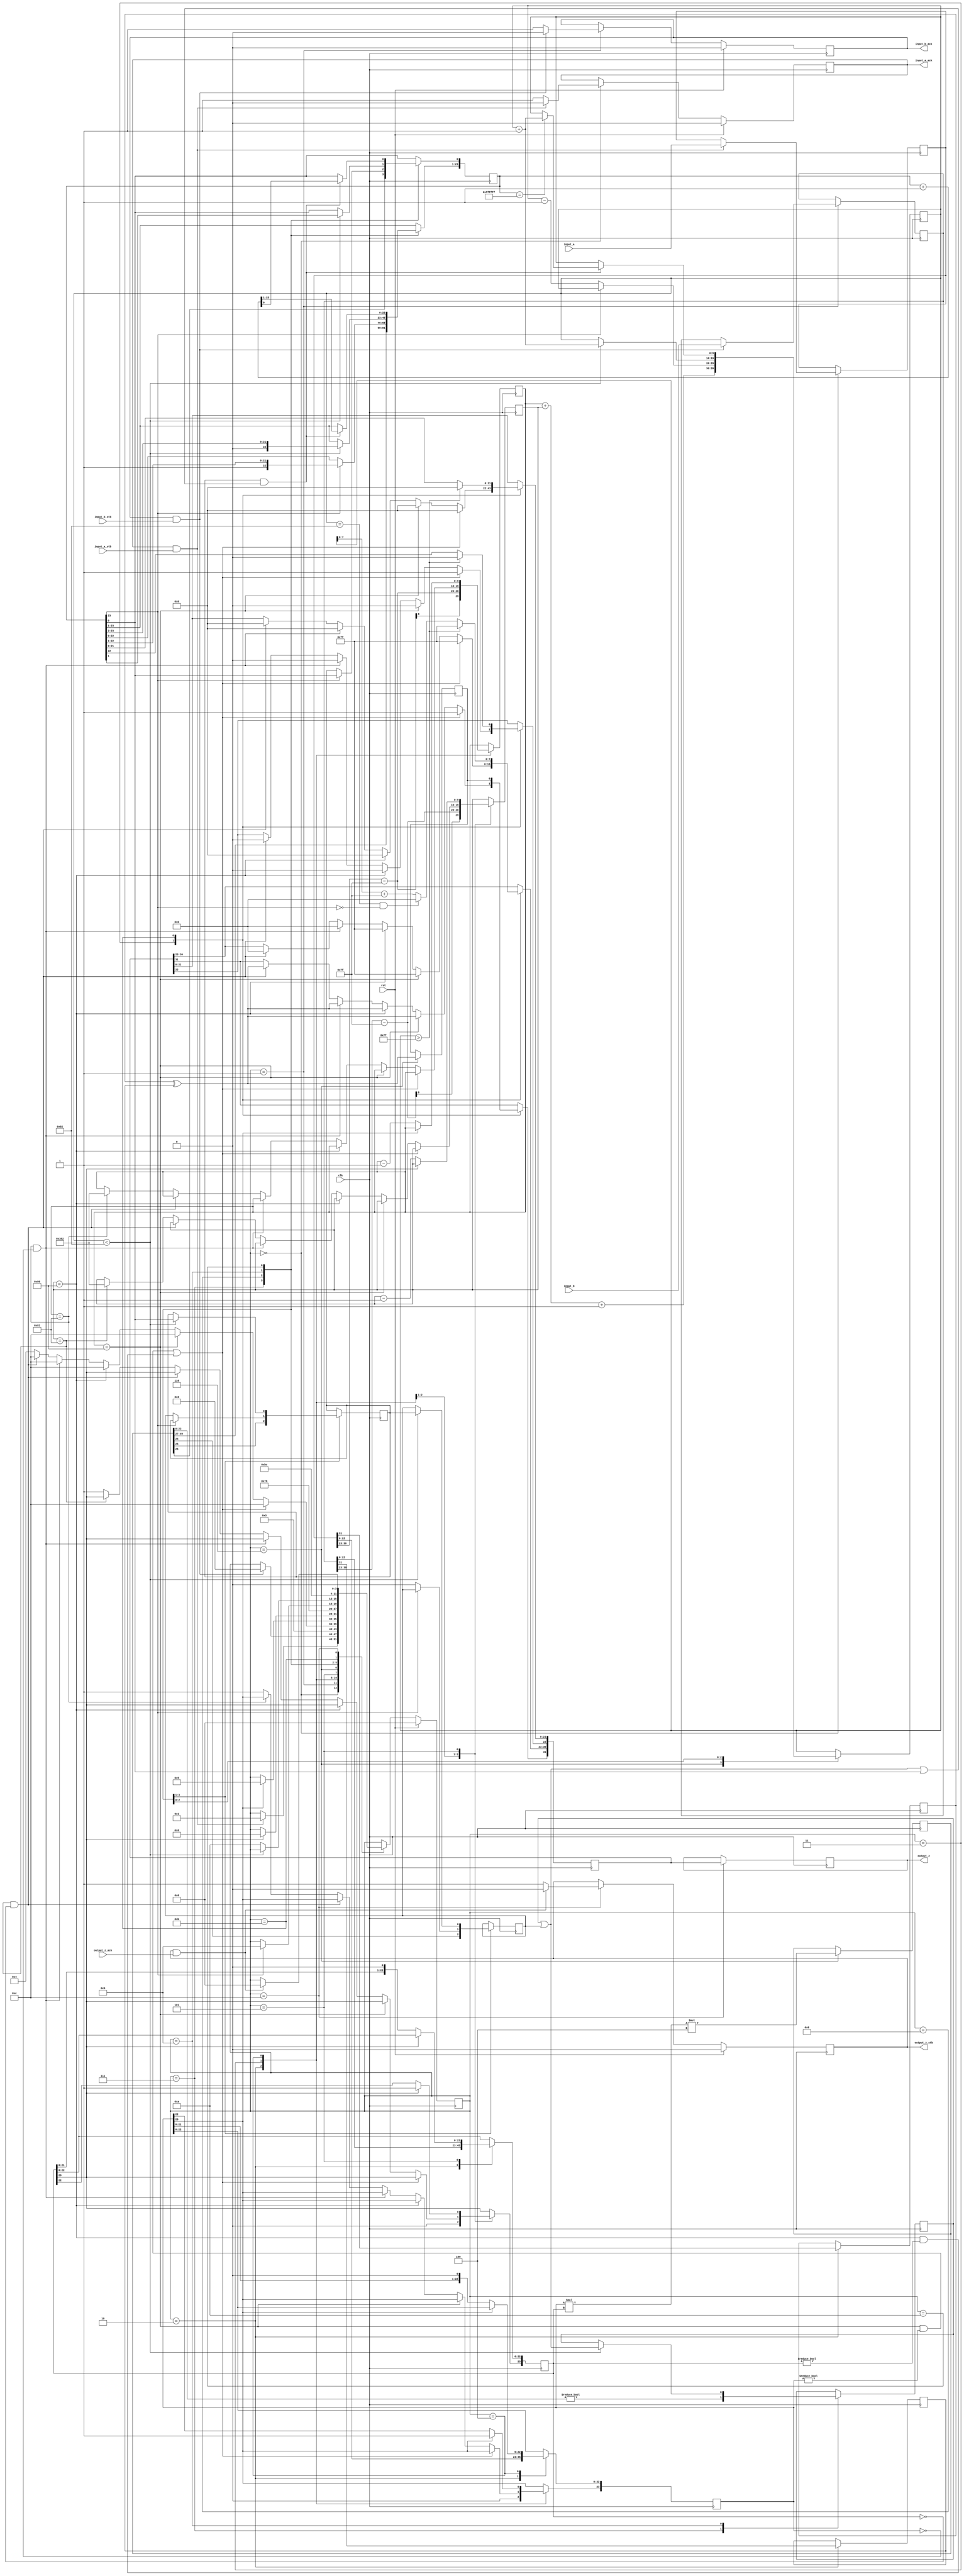
//IEEE Floating Point Multiplier (Single Precision)
//Copyright (C) Jonathan P Dawson 2013
//2013-12-12

// Copyright (c) 2012 Jonathan P Dawson
// Permission is hereby granted, free of charge, to any person obtaining a copy
// of this software and associated documentation files (the "Software"), to deal
// in the Software without restriction, including without limitation the rights
// to use, copy, modify, merge, publish, distribute, sublicense, and/or sell
// copies of the Software, and to permit persons to whom the Software is
// furnished to do so, subject to the following conditions:
// The above copyright notice and this permission notice shall be included in
// all copies or substantial portions of the Software.
// THE SOFTWARE IS PROVIDED "AS IS", WITHOUT WARRANTY OF ANY KIND, EXPRESS OR
// IMPLIED, INCLUDING BUT NOT LIMITED TO THE WARRANTIES OF MERCHANTABILITY,
// FITNESS FOR A PARTICULAR PURPOSE AND NONINFRINGEMENT. IN NO EVENT SHALL THE
// AUTHORS OR COPYRIGHT HOLDERS BE LIABLE FOR ANY CLAIM, DAMAGES OR OTHER
// LIABILITY, WHETHER IN AN ACTION OF CONTRACT, TORT OR OTHERWISE, ARISING FROM,
// OUT OF OR IN CONNECTION WITH THE SOFTWARE OR THE USE OR OTHER DEALINGS IN
// THE SOFTWARE.

module multiplier(
        input_a,
        input_b,
        input_a_stb,
        input_b_stb,
        output_z_ack,
        clk,
        rst,
        output_z,
        output_z_stb,
        input_a_ack,
        input_b_ack);

  input     clk;
  input     rst;

  input     [31:0] input_a;
  input     input_a_stb;
  output    input_a_ack;

  input     [31:0] input_b;
  input     input_b_stb;
  output    input_b_ack;

  output    [31:0] output_z;
  output    output_z_stb;
  input     output_z_ack;

  reg       s_output_z_stb;
  reg       [31:0] s_output_z;
  reg       s_input_a_ack;
  reg       s_input_b_ack;

  reg       [3:0] state;
  parameter get_a         = 4'd0,
            get_b         = 4'd1,
            unpack        = 4'd2,
            special_cases = 4'd3,
            normalise_a   = 4'd4,
            normalise_b   = 4'd5,
            multiply_0    = 4'd6,
            multiply_1    = 4'd7,
            normalise_1   = 4'd8,
            normalise_2   = 4'd9,
            round         = 4'd10,
            pack          = 4'd11,
            put_z         = 4'd12;

  reg       [31:0] a, b, z;
  reg       [23:0] a_m, b_m, z_m;
  reg       [9:0] a_e, b_e, z_e;
  reg       a_s, b_s, z_s;
  reg       guard, round_bit, sticky;
  reg       [49:0] product;

  always @(posedge clk)
  begin

    case(state)

      get_a:
      begin
        s_input_a_ack <= 1;
        if (s_input_a_ack && input_a_stb) begin
          a <= input_a;
          s_input_a_ack <= 0;
          state <= get_b;
        end
      end

      get_b:
      begin
        s_input_b_ack <= 1;
        if (s_input_b_ack && input_b_stb) begin
          b <= input_b;
          s_input_b_ack <= 0;
          state <= unpack;
        end
      end

      unpack:
      begin
        a_m <= a[22 : 0];
        b_m <= b[22 : 0];
        a_e <= a[30 : 23] - 127;
        b_e <= b[30 : 23] - 127;
        a_s <= a[31];
        b_s <= b[31];
        state <= special_cases;
      end

      special_cases:
      begin
        //if a is NaN or b is NaN return NaN 
        if ((a_e == 128 && a_m != 0) || (b_e == 128 && b_m != 0)) begin
          z[31] <= 1;
          z[30:23] <= 255;
          z[22] <= 1;
          z[21:0] <= 0;
          state <= put_z;
        //if a is inf return inf
        end else if (a_e == 128) begin
          z[31] <= a_s ^ b_s;
          z[30:23] <= 255;
          z[22:0] <= 0;
          state <= put_z;
           //if b is zero return NaN
          if ($signed(b_e == -127) && (b_m == 0)) begin
            z[31] <= 1;
            z[30:23] <= 255;
            z[22] <= 1;
            z[21:0] <= 0;
            state <= put_z;
          end
        //if b is inf return inf
        end else if (b_e == 128) begin
          z[31] <= a_s ^ b_s;
          z[30:23] <= 255;
          z[22:0] <= 0;
          state <= put_z;
        //if a is zero return zero
        end else if (($signed(a_e) == -127) && (a_m == 0)) begin
          z[31] <= a_s ^ b_s;
          z[30:23] <= 0;
          z[22:0] <= 0;
          state <= put_z;
        //if b is zero return zero
        end else if (($signed(b_e) == -127) && (b_m == 0)) begin
          z[31] <= a_s ^ b_s;
          z[30:23] <= 0;
          z[22:0] <= 0;
          state <= put_z;
        end else begin
          //Denormalised Number
          if ($signed(a_e) == -127) begin
            a_e <= -126;
          end else begin
            a_m[23] <= 1;
          end
          //Denormalised Number
          if ($signed(b_e) == -127) begin
            b_e <= -126;
          end else begin
            b_m[23] <= 1;
          end
          state <= normalise_a;
        end
      end

      normalise_a:
      begin
        if (a_m[23]) begin
          state <= normalise_b;
        end else begin
          a_m <= a_m << 1;
          a_e <= a_e - 1;
        end
      end

      normalise_b:
      begin
        if (b_m[23]) begin
          state <= multiply_0;
        end else begin
          b_m <= b_m << 1;
          b_e <= b_e - 1;
        end
      end

      multiply_0:
      begin
        z_s <= a_s ^ b_s;
        z_e <= a_e + b_e + 1;
        product <= a_m * b_m * 4;
        state <= multiply_1;
      end

      multiply_1:
      begin
        z_m <= product[49:26];
        guard <= product[25];
        round_bit <= product[24];
        sticky <= (product[23:0] != 0);
        state <= normalise_1;
      end

      normalise_1:
      begin
        if (z_m[23] == 0) begin
          z_e <= z_e - 1;
          z_m <= z_m << 1;
          z_m[0] <= guard;
          guard <= round_bit;
          round_bit <= 0;
        end else begin
          state <= normalise_2;
        end
      end

      normalise_2:
      begin
        if ($signed(z_e) < -126) begin
          z_e <= z_e + 1;
          z_m <= z_m >> 1;
          guard <= z_m[0];
          round_bit <= guard;
          sticky <= sticky | round_bit;
        end else begin
          state <= round;
        end
      end

      round:
      begin
        if (guard && (round_bit | sticky | z_m[0])) begin
          z_m <= z_m + 1;
          if (z_m == 24'hffffff) begin
            z_e <=z_e + 1;
          end
        end
        state <= pack;
      end

      pack:
      begin
        z[22 : 0] <= z_m[22:0];
        z[30 : 23] <= z_e[7:0] + 127;
        z[31] <= z_s;
        if ($signed(z_e) == -126 && z_m[23] == 0) begin
          z[30 : 23] <= 0;
        end
        //if overflow occurs, return inf
        if ($signed(z_e) > 127) begin
          z[22 : 0] <= 0;
          z[30 : 23] <= 255;
          z[31] <= z_s;
        end
        state <= put_z;
      end

      put_z:
      begin
        s_output_z_stb <= 1;
        s_output_z <= z;
        if (s_output_z_stb && output_z_ack) begin
          s_output_z_stb <= 0;
          state <= get_a;
        end
      end

    endcase

    if (rst == 1) begin
      state <= get_a;
      s_input_a_ack <= 0;
      s_input_b_ack <= 0;
      s_output_z_stb <= 0;
    end

  end
  assign input_a_ack = s_input_a_ack;
  assign input_b_ack = s_input_b_ack;
  assign output_z_stb = s_output_z_stb;
  assign output_z = s_output_z;

endmodule